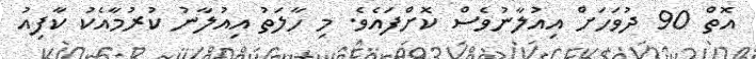
އޮތް 90 ދުވަހަށް އިއުލާނުވެސް ކޮށްފައެވެ. މި ހާލަތު އިއުލާނު ކުރުމާއެކު ކާފިއު